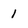
Character: 1